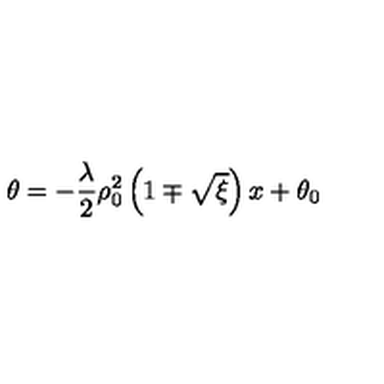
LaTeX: \theta = - \frac { \lambda } { 2 } \rho _ { 0 } ^ { 2 } \left( 1 \mp \sqrt { \xi } \right) x + \theta _ { 0 }